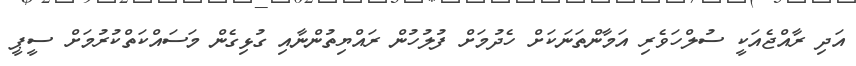
އަދި ރާއްޖެއަކީ ސުލްހަވެރި އަމާންތަަނަކަށް ހެދުމަށް ފުލުހުން ރައްޔިތުންނާއި ގުޅިގެން މަސައްކަތްކުރުމަށް ސީޕީ